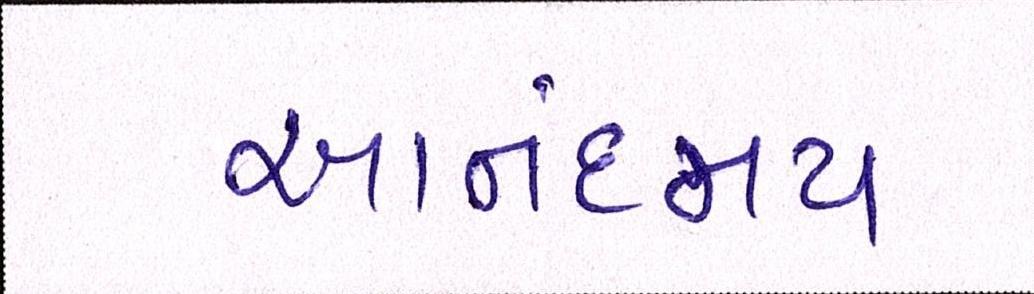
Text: આનંદમય